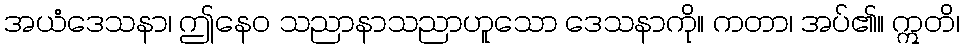
အယံဒေသနာ၊ ဤနေဝ သညာနာသညာဟူသော ဒေသနာကို။ ကတာ၊ အပ်၏။ ဣတိ၊